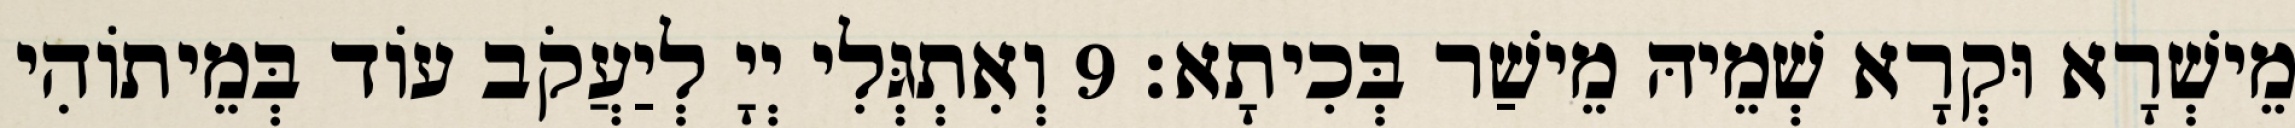
מֵישְׁרָא וּקְרָא שְׁמֵיהּ מֵישַׁר בְּכִיתָא׃ 9 וְאִתְגְּלִי יְיָ לְיַעֲקֹב עוֹד בְּמֵיתוֹהִי